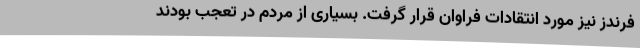
فرندز نیز مورد انتقادات فراوان قرار گرفت. بسیاری از مردم در تعجب بودند